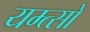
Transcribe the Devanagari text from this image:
यम्त्सो